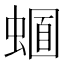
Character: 𧏈